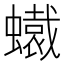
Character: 𧒶